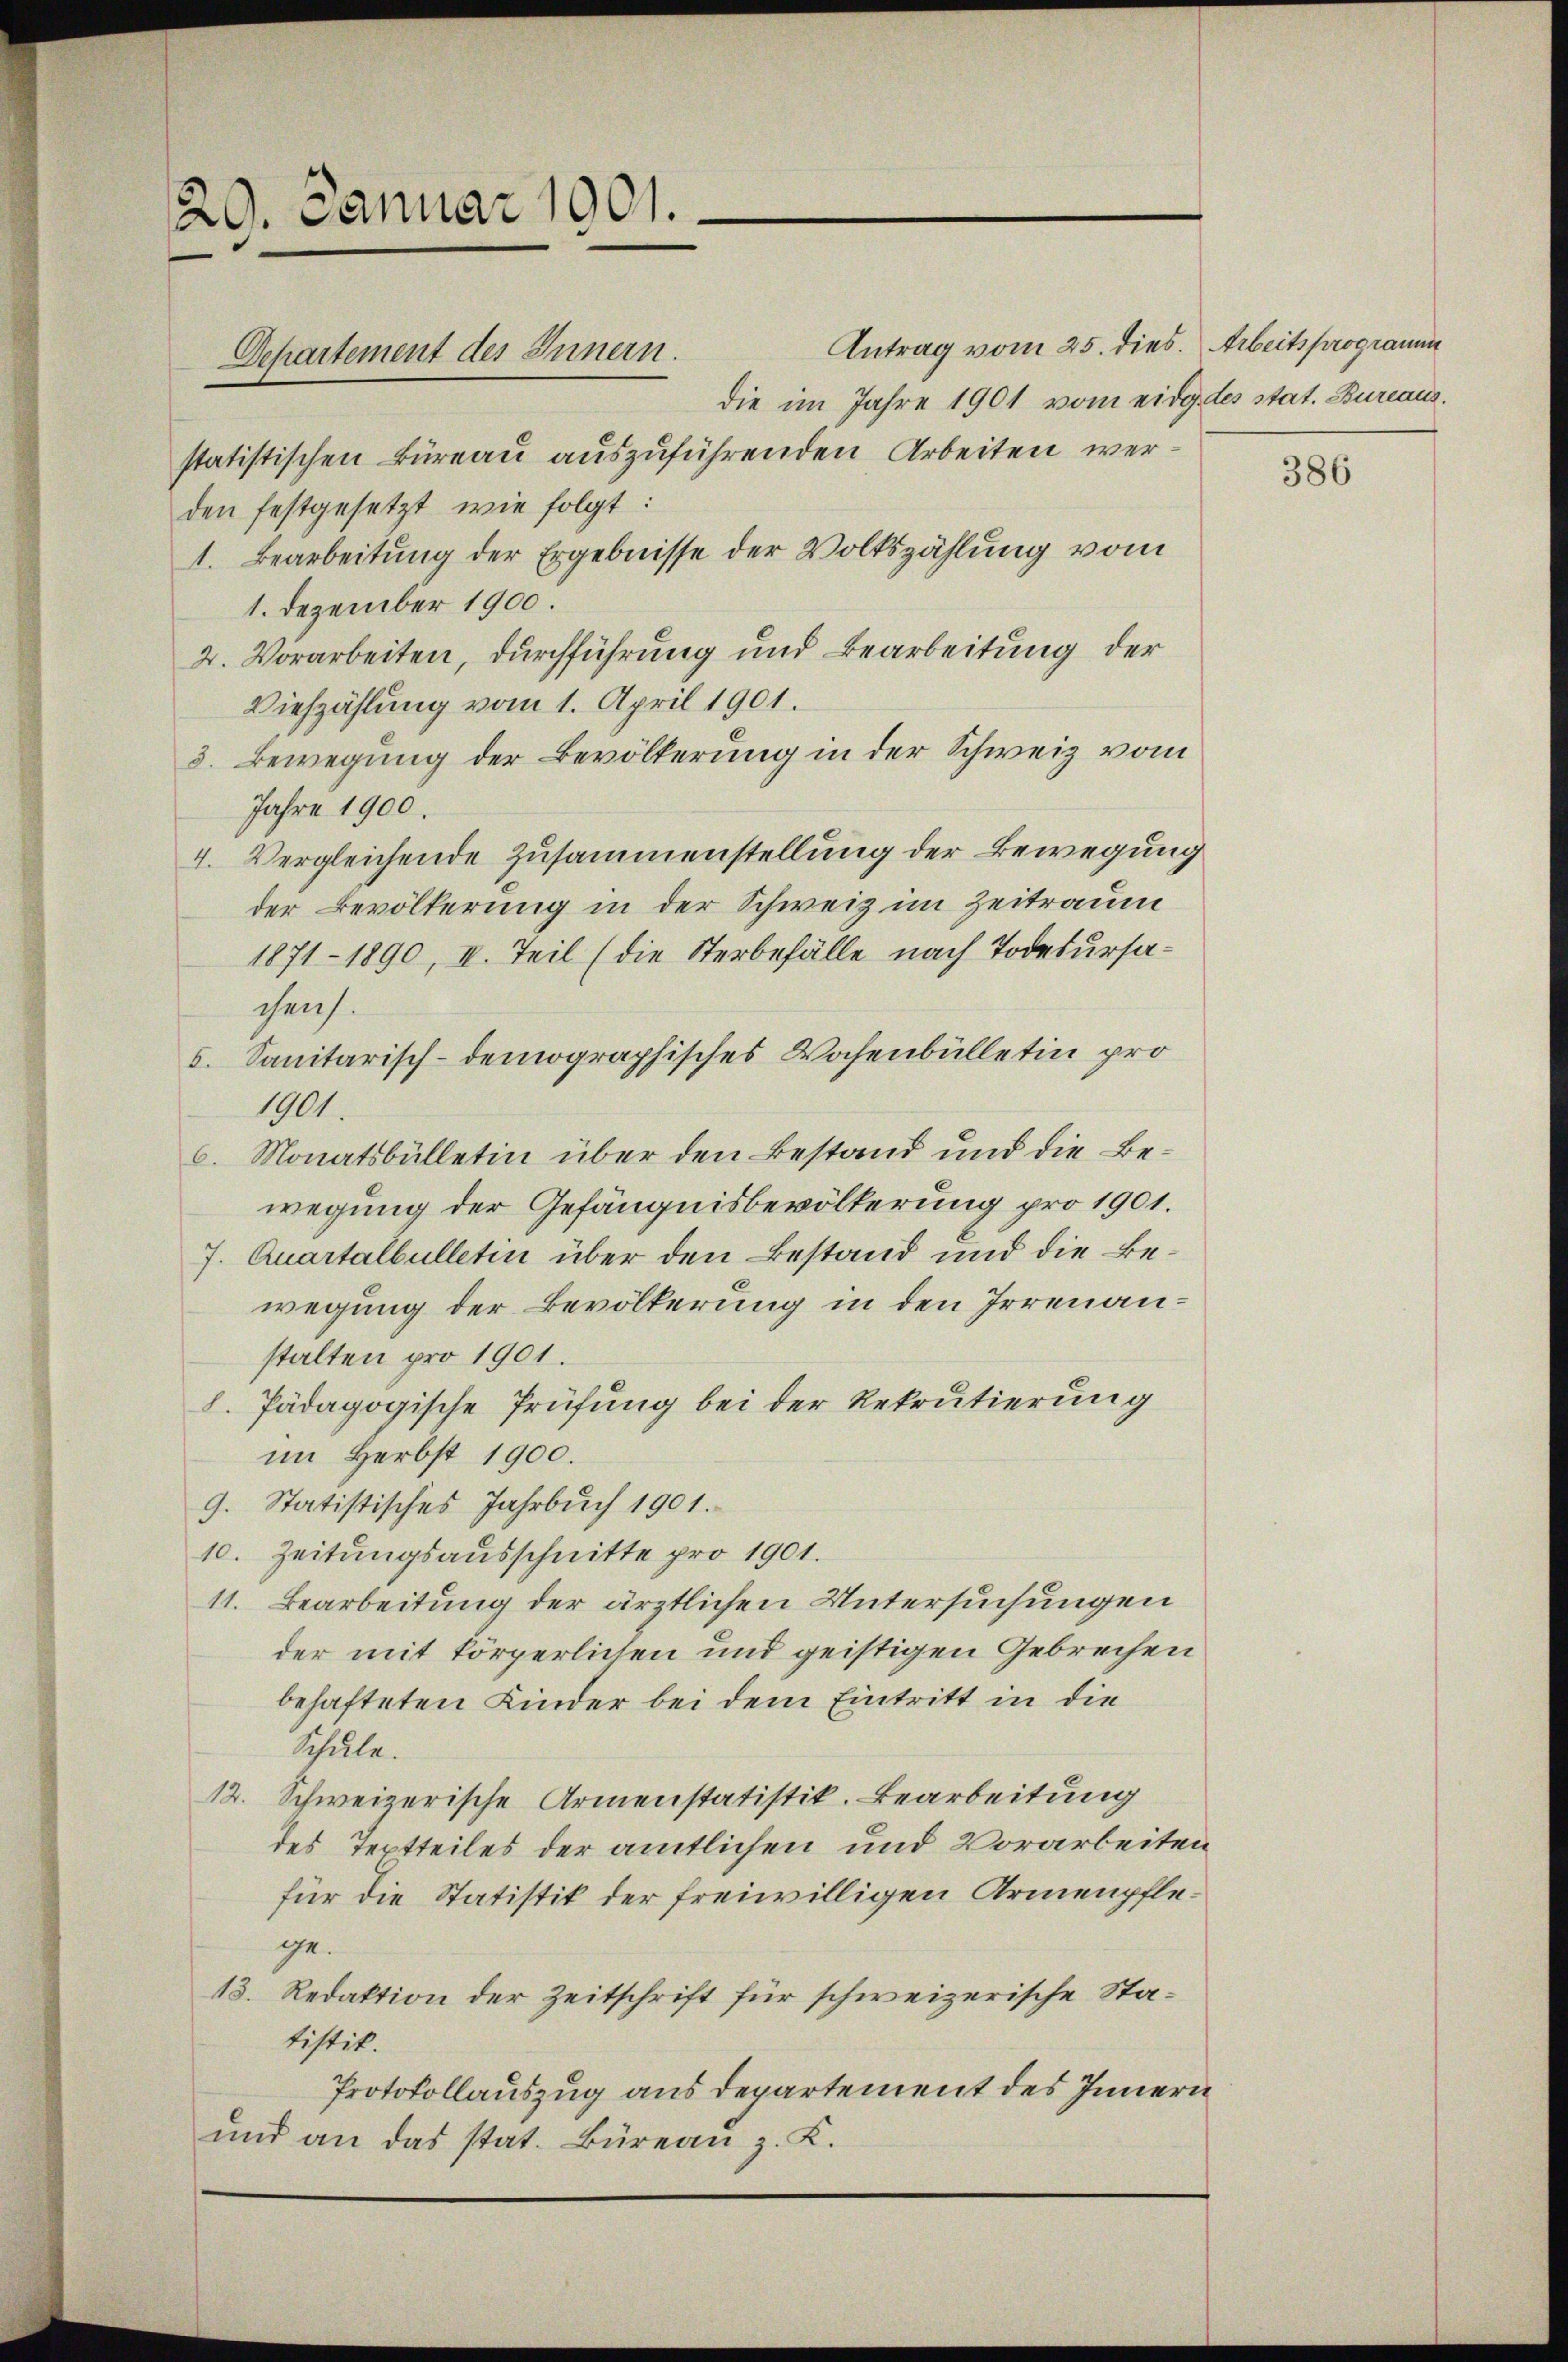
29. Januar 1901.

Departement des Innern.

Antrag vom 25. dies. Arbeitsprogramm
die im Jahre 1901 vom eidg des stat. Bureaus.
statistischen Büreau auszuführenden Arbeiten werden festgesetzt wie folgt:
1. Bearbeitung der Ergebnisse der Volkszählung vom
1. Dezember 1900.
2. Vorarbeiten, durchführung und Bearbeitung der
Viehzählung vom 1. April 1901.
3. Bewegung der Bevölkerung in der Schweiz vom
Jahre 1900.
4. Vergleichende Zusammenstellung der Bewegung
der Bevölkerung in der Schweiz im Zeitraum
1871 - 1890, II. Teil (die Sterbefälle nach Todesursachens.
s. Sanitarisch-demographisches Wochenbülletin pro
1901.
6. Monatsbülletin über den Bestand und die Bewegung der Gefängnisbevölkerung pro 1901.
J. Quartalbulletin über den Bestand und die Bewegung der Bevölkerung in den Irrenanstalten pro 1901.
8. Pädagogische Prüfung bei der Rekrutierung
im Herbst 1900.
9. Statistisches Jahrbuch 1901.
10. Zeitungsausschnitte pro 1901.
11. Bearbeitung der ärztlichen Untersuchungen
der mit körperlichen und geistigen Gebrechen
behafteten Kinder bei dem Eintritt in die
Schule.
12. Schweizerische Armenstatistik. Bearbeitung
des Teptteiles der amtlichen und Vorarbeiten
für die Statistik der freiwilligen Armenpflege.
13. Redaktion der Zeitschrift für schweizerische Statistik.
Protokollauszug aus departement des Innern
und an das stat. Büreau z. K.

386